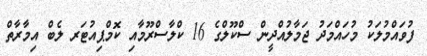
ފުވައްމުލަކު މުހައްމަދު ޖަމާލުއްދީން ސްކޫލްގެ 16 ކްލާސްރޫމާއި ކޮމްޕިއުޓަރ ލެބް އިމާރާތް